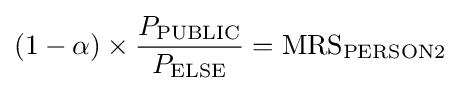
(1-\alpha )\times {\frac {P_{\text{PUBLIC}}}{P_{\text{ELSE}}}}={\text{MRS}}_{\text{PERSON2}}